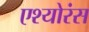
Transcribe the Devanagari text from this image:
एश्योरंस